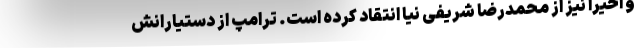
و اخیرا نیز از محمدرضا شریفی نیا انتقاد کرده است. ترامپ از دستیارانش